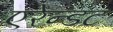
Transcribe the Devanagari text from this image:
एरेन्डट